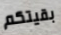
بقيتكم